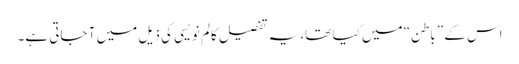
اس کے ”باطن“ میں کیا تھا، یہ تفصیل کالم نویسی کی ذیل میں آ جاتی ہے۔